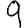
Digit: 9